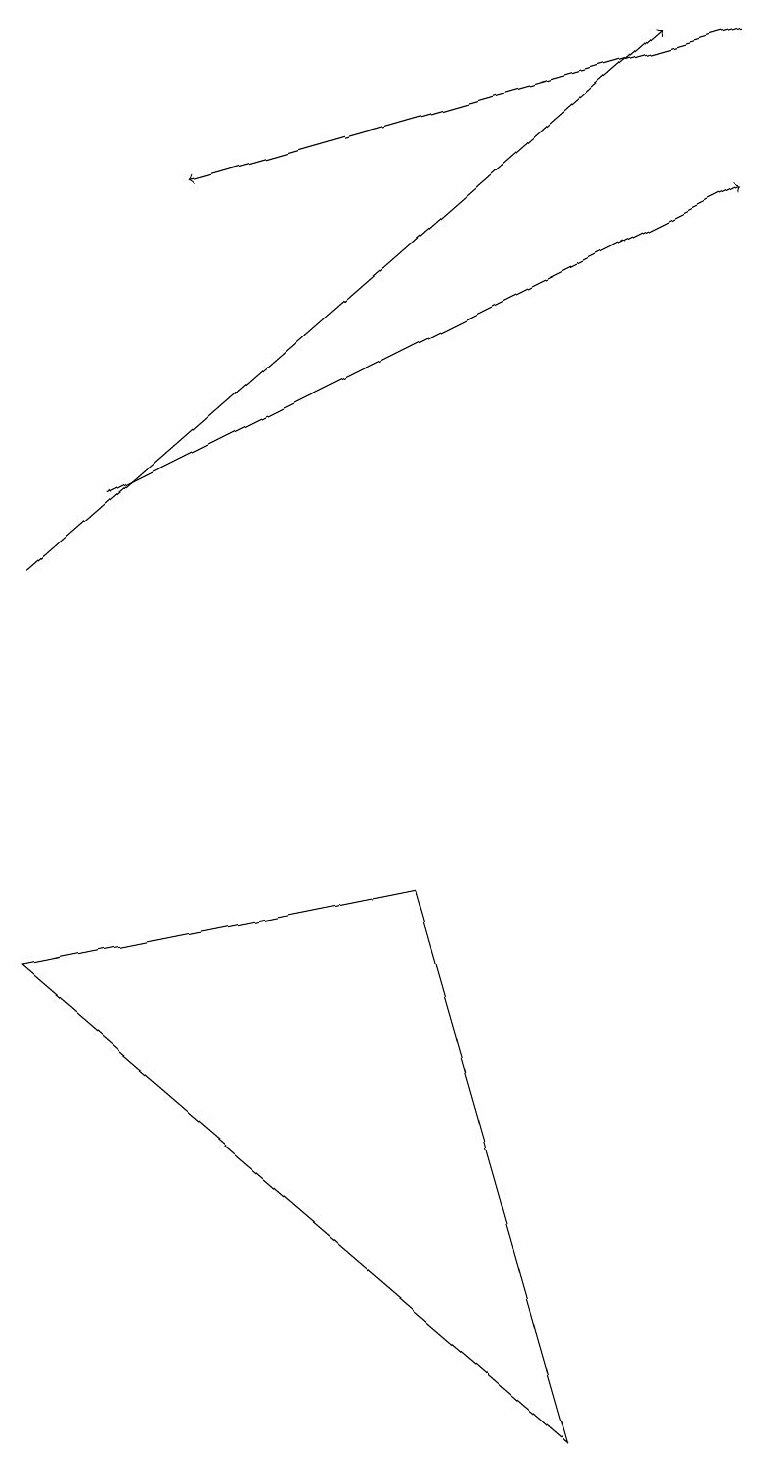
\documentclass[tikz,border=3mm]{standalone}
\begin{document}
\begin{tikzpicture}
\draw[->] (1,13) -- (9,17);
\draw (5,8) -- (7,1) -- (0,7) -- cycle;
\draw[->] (0,12) -- (8,19);
\draw[->] (9,19) -- (2,17);
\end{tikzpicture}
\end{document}